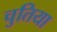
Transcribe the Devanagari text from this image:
चुतिया